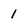
Character: 1